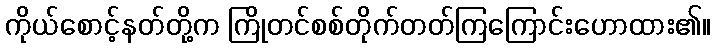
ကိုယ်စောင့်နတ်တို့က ကြိုတင်စစ်တိုက်တတ်ကြကြောင်းဟောထား၏။